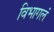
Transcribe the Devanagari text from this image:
विभागलं